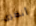
أنظرى